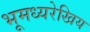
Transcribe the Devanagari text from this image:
भूमध्यरेखिय